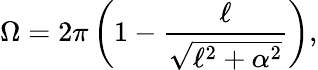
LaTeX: \Omega=2\pi\left(1-\frac{\ell}{\sqrt{\ell^{2}+\alpha^{2}}}\right),